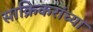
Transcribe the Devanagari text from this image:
साक्रिकरांच्या